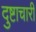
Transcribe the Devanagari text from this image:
दुष्टाचारी